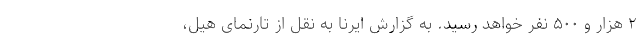
۲ هزار و ۵۰۰ نفر خواهد رسید. به گزارش ایرنا به نقل از تارنمای هیل،